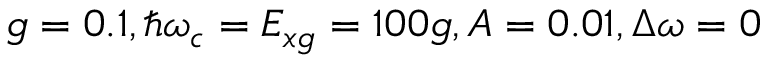
g = 0 . 1 , \hbar \omega _ { c } = E _ { x g } = 1 0 0 g , A = 0 . 0 1 , \Delta \omega = 0